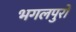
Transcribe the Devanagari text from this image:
भगलपुरो